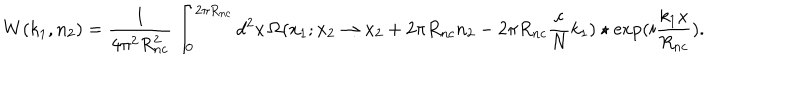
W ( k _ { 1 } , n _ { 2 } ) = \frac { 1 } { 4 \pi ^ { 2 } R _ { n c } ^ { 2 } } \int _ { 0 } ^ { 2 \pi R _ { n c } } d ^ { 2 } x \, \Omega ( x _ { 1 } ; x _ { 2 } \to x _ { 2 } + 2 \pi R _ { n c } n _ { 2 } - 2 \pi R _ { n c } \frac { c } { N } k _ { 1 } ) \star \exp ( i \frac { k _ { 1 } x } { R _ { n c } } ) .